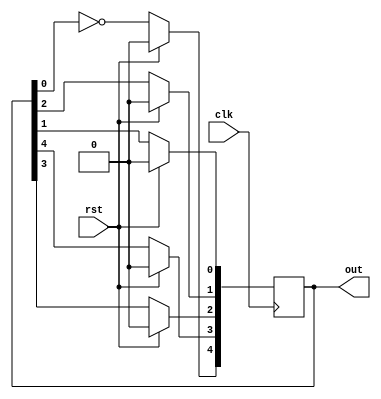
//-------------------------------------------------------
//  Functionality: An n-bit johnson counter 
//-------------------------------------------------------

`timescale 1ns / 1ps
`ifndef TESTBENCH
`define size 5
`endif

module johnson_counter
  (  
	input clk,                
	input rst,
  	output reg [`size-1:0] out
  );    

  integer i;
  always @ (posedge clk) begin
      if (rst)
         out <= 'b0;
      else begin
        out[`size-1] <= ~out[0];
        for (i = 0; i < `size-1; i=i+1) begin
          out[i] <= out[i+1];
        end
      end
  end
endmodule